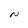
Character: N